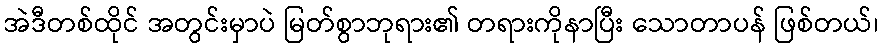
အဲဒီတစ်ထိုင် အတွင်းမှာပဲ မြတ်စွာဘုရား၏ တရားကိုနာပြီး သောတာပန် ဖြစ်တယ်၊